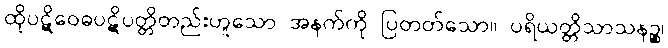
ထိုပဋိဝေဓပဋိပတ္တိတည်းဟူသော အနက်ကို ပြတတ်သော။ ပရိယတ္တိသာသနဉ္စ၊